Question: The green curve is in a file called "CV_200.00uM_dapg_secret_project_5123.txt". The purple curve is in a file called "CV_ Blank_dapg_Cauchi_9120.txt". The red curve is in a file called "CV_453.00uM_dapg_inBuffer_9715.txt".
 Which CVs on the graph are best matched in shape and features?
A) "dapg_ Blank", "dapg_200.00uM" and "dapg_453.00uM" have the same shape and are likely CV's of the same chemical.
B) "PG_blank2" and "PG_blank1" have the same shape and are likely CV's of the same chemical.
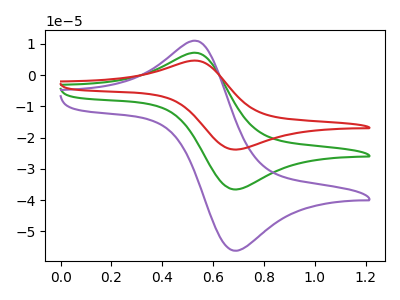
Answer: <think>The green curve "dapg_200.00uM" has an anodic peak at (0.55V, 7.10uA) and a cathodic peak at (0.70V, -36.60uA). The purple curve "dapg_ Blank" has an anodic peak at (0.55V, 10.90uA) and a cathodic peak at (0.70V, -56.25uA). The red curve "dapg_453.00uM" has an anodic peak at (0.55V, 14.15uA) and a cathodic peak at (0.70V, -73.25uA).
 All the peaks in "dapg_200.00uM" have a peak in "dapg_ Blank" at the same potential. Every peak in "dapg_200.00uM" is lower than every peak in "dapg_ Blank". All the peaks in "dapg_200.00uM" have a peak in "dapg_453.00uM" at the same potential. Every peak in "dapg_200.00uM" is lower than every peak in "dapg_453.00uM". All the peaks in "dapg_ Blank" have a peak in "dapg_453.00uM" at the same potential. Every peak in "dapg_ Blank" is lower than every peak in "dapg_453.00uM".</think>
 <answer>A) "dapg_ Blank", "dapg_200.00uM" and "dapg_453.00uM" have the same shape and are likely CV's of the same chemical.</answer>
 <eval>A</eval>